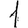
Digit: 1